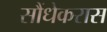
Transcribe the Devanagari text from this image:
सौंधेकरास